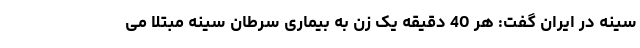
سینه در ایران گفت: هر 40 دقیقه یک زن به بیماری سرطان سینه مبتلا می